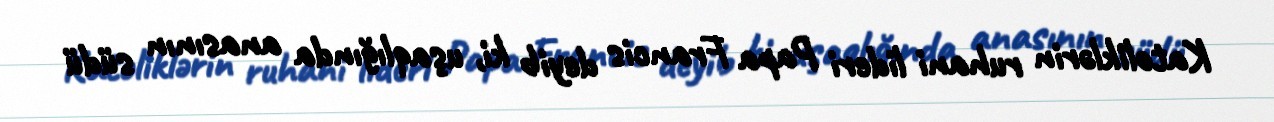
Katoliklərin ruhani lideri Papa Francis deyib ki, uşaqlığında anasının südü